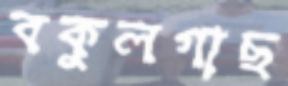
বকুলগাছ